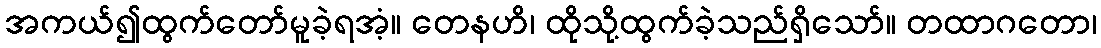
အကယ်၍ထွက်တော်မူခဲ့ရအံ့။ တေနဟိ၊ ထိုသို့ထွက်ခဲ့သည်ရှိသော်။ တထာဂတော၊